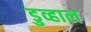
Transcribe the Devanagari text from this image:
डुव्हाल